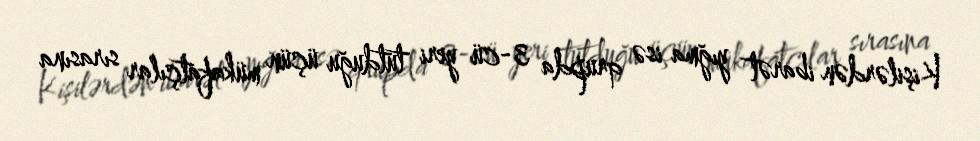
Kişilərdən ibarət yığma isə qrupda 3-cü yeri tutduğu üçün mükafatçılar sırasına